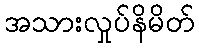
အသားလှုပ်နိမိတ်